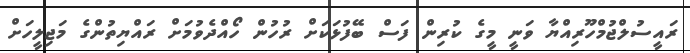
ރައީސުލްޖުމްހޫރިއްޔާ ވަނީ މީގެ ކުރިން ފަސް ބޭފުޅަކަށް ރުހުން ހޯއްދެވުމަށް ރައްޔިތުންގެ މަޖިލީހަށް